Report on the lunatic asylums in Bengal - 1862-
Year: 1862
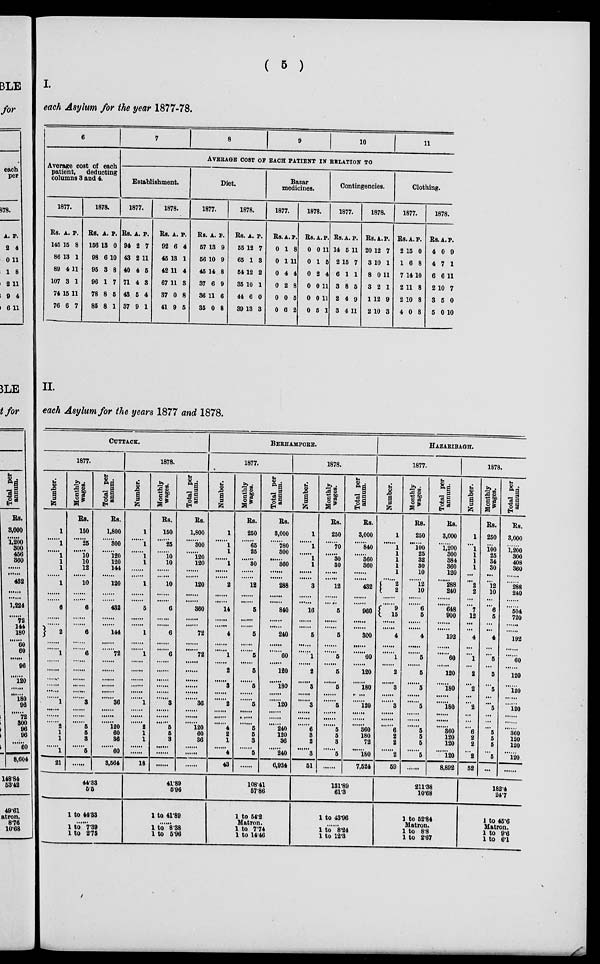
( 5 )
I.
each Asylum for the year 1877-78.
6
Average cost of each
patient,
deducting
columns 3 and 4.
1877.
Rs.
145
86
89
107
74
76
A.
15
13
4
3
15
6
P.
8
1
11
1
11
7
1878.
Rs.
156
98
95
96
78
85
A.
13
6
3
1
8
8
P.
0
10
8
7
5
1
7
8
9
10
11
AVERAGE COST OF EACH PATIENT IN RELATION TO
Establishment.
1877.
Rs.
94
43
40
71
43
37
A.
2
2
4
4
5
9
P.
7
11
5
3
4
1
1878.
Rs.
92
45
42
67
37
41
A.
6
13
11
11
0
9
P.
4
1
4
3
8
5
Diet.
1877.
Rs.
57
56
45
37
36
35
A.
13
10
14
6
11
0
P.
9
9
8
9
6
8
1878.
Rs.
55
65
54
35
44
39
A.
12
1
12
10
6
13
P.
7
3
2
1
0
3
Bazar
medicines.
1877.
Rs.
0
0
0
0
0
0
A.
1
1
4
2
0
6
P.
8
11
4
8
5
2
1878.
Rs.
0
0
0
0
0
0
A.
0
1
2
0
0
5
P.
11
5
4
11
11
1
Contingencies.
1877.
Rs.
14
2
6
3
2
3
A.
5
15
1
8
4
4
P.
11
7
1
5
9
11
1878.
Rs.
20
3
8
3
1
2
A.
12
10
0
2
12
10
P.
7
1
11
1
9
3
Clothing.
1877.
Rs.
2
1
7
2
2
4
A.
15
6
14
11
10
0
P.
0
8
10
8
8
8
1878.
Rs.
4
4
6
2
3
5
A.
0
7
6
10
5
0
P.
9
1
11
7
0
10
II.
each Asylum for the years 1877 and 1878.
CUTTACK.
1877.
Number.
1
...... 1
......
1
1
1
......
1
......
......
6
......
......
2
......
......
1
......
......
......
......
......
......
1
......
......
......
2
1
1
......
1
21
Monthly
wages.
Rs.
150
...... 25
......
10
10
12
......
10
......
......
6
......
......
6
......
...... 6
......
......
......
......
......
......
3
......
......
......
5
5
3
......
5
......
Total per
annum.
Rs.
1,800
...... 300
......
120
120
144
......
120
......
......
432
......
......
144
......
......
72
......
......
......
......
......
......
36
......
......
......
120
60
36
......
60
3,564
44.33
5.5
1 to 44.33
......
1 to 7.39
1 to 2.75
1878.
Number.
1
...... 1
......
1
1
......
......
1
......
......
5
......
......
1
......
...... 1
......
......
......
......
......
......
1
......
......
......
2
1
1
......
......
18
Monthly
wages.
Rs.
150
......
25
......
10
10
......
......
10
......
......
6
......
......
6
......
...... 6
......
......
......
......
......
......
3
......
......
......
5
5
3
......
......
......
Total per
annum.
Rs.
1,800
...... 300
......
120
120
......
......
120
......
......
360
......
......
72
......
......
72
......
......
......
......
......
......
36
......
......
......
120
60
36
......
......
......
41.89
5.96
1 to 41.89
......
1 to 8.38
1 to 5.96
BERHAMPORE.
1877.
Number.
1
...... 1
1
...... 1
......
......
2
......
......
14
......
......
4
......
...... 1
......
2
......
3
......
......
2
......
......
......
4
2
1
......
4
43
Monthly
wages.
Rs.
250
...... 65
25
......
30
......
......
12
......
......
5
......
......
5
......
...... 5
......
5
......
5
......
......
5
......
......
......
5
5
3
......
5
......
Total per
annum.
Rs.
3,000
...... 780
300
...... 360
......
......
288
......
......
840
......
......
240
......
......
60
......
120
......
180
......
......
120
......
......
......
240
120
36
......
240
6,924
108.41
57.86
1 to 54.2
Matron.
1 to 7.74
1 to 14.46
1878.
Number.
1
...... 1
......
1
1
......
......
3
......
......
16
......
......
5
......
...... 1
......
2
......
3
......
......
3
......
......
......
6
3
2
......
3
51
Monthly
wages.
Rs.
250
...... 70
......
30
30
......
......
12
......
......
5
......
......
5
......
...... 5
......
5
......
5
......
......
5
......
......
......
5
5
3
......
5
......
Total per
annum.
Rs.
3,000
...... 840
......
360
360
......
......
432
......
......
960
......
......
300
......
......
60
......
120
......
180
......
......
120
......
......
......
360
180
72
......
180
7,524
131.89
61.3
1 to 43.96
......
1 to 8.24
1 to 12.3
HAZARIBAGH.
1877.
Number.
1
...... 1
1
1
1
1
...... 2
2
......
......
9
15
......
......
4
......
...... 1
......
2
......
3
......
......
3
......
......
......
6
2
2
......
2
59
Monthly
wages.
Rs.
250
...... 100
25
32
30
10
...... 12
10
......
......
6
5
......
......
4
......
...... 5
......
5
......
5
......
......
5
......
......
......
5
5
5
......
5
......
Total per
annum.
Rs.
3,000
...... 1,200
300
384
360
120
...... 288
240
......
......
648
900
......
......
192
......
......
60
......
120
......
180
......
......
180
......
......
......
360
120
120
......
120
8,892
211.38
10.68
1 to 52.84
Matron.
1 to 8.8
1 to 2.67
1878.
Number.
1
... 1
1
1
1
...
... 2
2
...
...
7
12
...
...
4
...
... 1
...
2
...
2
...
...
2
...
...
...
6
2
2
...
2
52
Monthly
wages.
Rs.
250
...
100
25
34
30
...
... 12
10
...
...
6
5
...
...
4
...
... 5
...
5
...
5
...
...
5
...
...
...
5
5
5
...
5
...
Total per
annum.
Rs.
3,000
......
1,200
300
408
360
......
...... 288
240
......
......
504
720
......
......
192
......
...... 60
......
120
......
120
......
......
120
......
......
......
360
120
120
......
120
......
182.4
24.7
1 to 45.6
Matron.
1 to 9.6
1 to 6.1